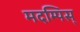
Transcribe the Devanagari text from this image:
मदम्पिस्